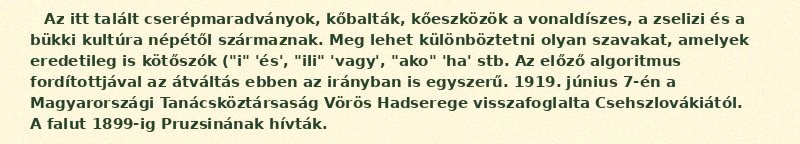
Az itt talált cserépmaradványok, kőbalták, kőeszközök a vonaldíszes, a zselizi és a bükki kultúra népétől származnak. Meg lehet különböztetni olyan szavakat, amelyek eredetileg is kötőszók ("i" 'és', "ili" 'vagy', "ako" 'ha' stb. Az előző algoritmus fordítottjával az átváltás ebben az irányban is egyszerű. 1919. június 7-én a Magyarországi Tanácsköztársaság Vörös Hadserege visszafoglalta Csehszlovákiától. A falut 1899-ig Pruzsinának hívták.